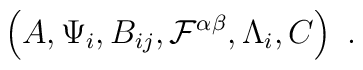
\left( A, \Psi_i, B_{ij}, {\cal F}^{\alpha\beta}, \Lambda_i, C \right) \ .